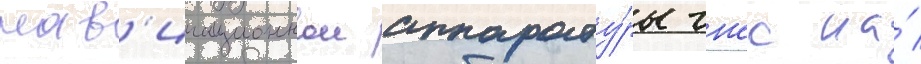
нав'игационнои аппарату́ры гнсс на́